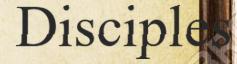
Disciples